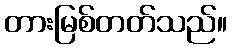
တားမြစ်တတ်သည်။